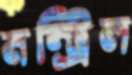
মন্ট্রিল